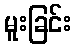
မူးခြင်း